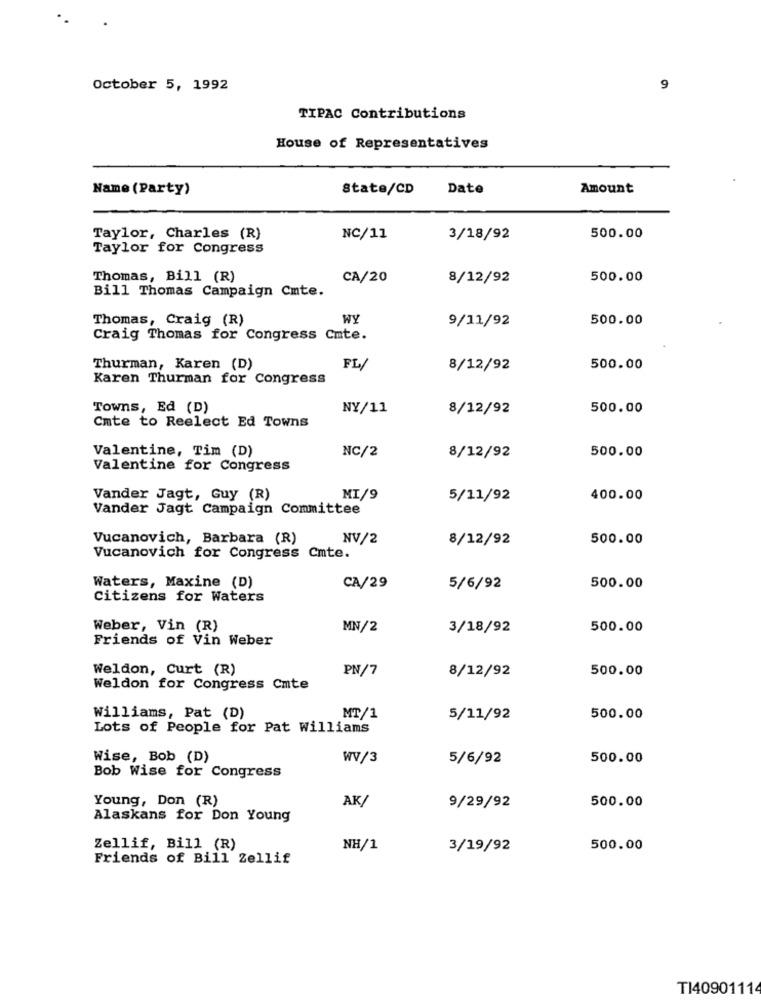
October 5, 1992
9
TIPAC Contributions
House of Representatives
Name (Party)
State/CD
Date
Amount
Taylor, Charles (R)
NC/11
3/18/92
500.00
Taylor for Congress
Thomas, Bill (R)
CA/20
8/12/92
500.00
Bill Thomas Campaign Cmte.
Thomas, Craig (R)
WY
500.00
9/11/92
Craig Thomas for Congress Cmte.
Thurman, Karen (D)
FL/
8/12/92
500.00
Karen Thurman for Congress
Towns, Ed (D)
NY/11
8/12/92
500.00
Cate to Reelect Ed Towns
Valentine, Tim (D)
NC/2
500.00
8/12/92
Valentine for Congress
Vander Jagt, Guy (R)
MI/9
5/11/92
400.00
Vander Jagt Campaign Committee
Vucanovich, Barbara (R)
NV/2
8/12/92
500.00
Vucanovich for Congress Cmte.
Waters, Maxine (D)
CA/29
5/6/92
500.00
Citizens for Waters
Weber, Vin (R)
MN/2
3/18/92
500.00
Friends of Vin Weber
Weldon, Curt (R)
PN/7
500.00
8/12/92
Weldon for Congress Cmte
Williams, Pat (D)
MT/1
5/11/92
500.00
Lots of People for Pat Williams
Wise, Bob (D)
WV/3
5/6/92
500.00
Bob Wise for Congress
Young, Don (R)
AK/
9/29/92
500.00
Alaskans for Don Young
Zellif, Bill (R)
NH/1
3/19/92
500.00
Friends of Bill Zellif
TI40901114